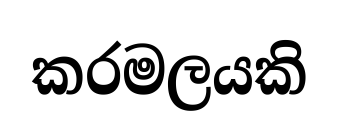
කරමලයකි